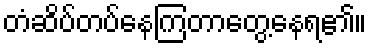
တံဆိပ်တပ်နေကြတာတွေ့နေရ၏။